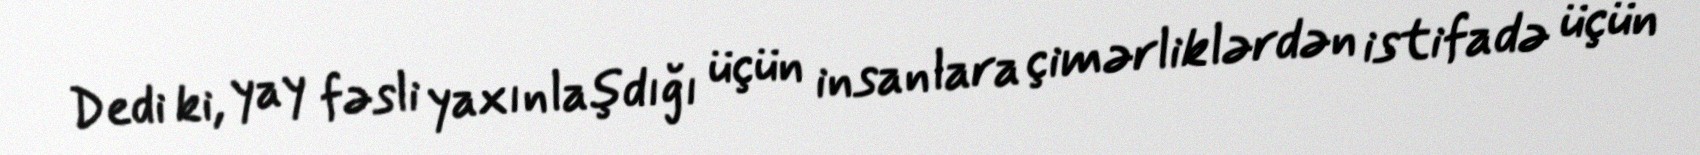
Dedi ki, yay fəsli yaxınlaşdığı üçün insanlara çimərliklərdən istifadə üçün